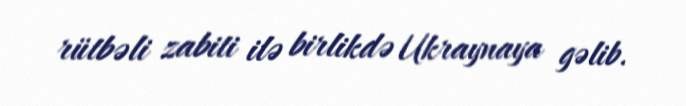
rütbəli zabiti ilə birlikdə Ukraynaya gəlib.